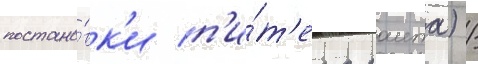
постано́вк'и п'и́т'ера раита) /